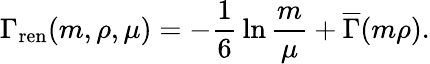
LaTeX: \Gamma_{\mathrm{ren}}(m,\rho,\mu)=-{\frac{1}{6}}\ln{\frac{m}{\mu}}+\overline{{{\Gamma}}}(m\rho).